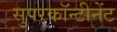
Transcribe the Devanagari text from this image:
सुपरकॉन्टीनेंट